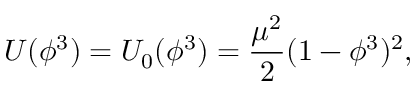
U ( \phi ^ { 3 } ) = U _ { 0 } ( \phi ^ { 3 } ) = \frac { \mu ^ { 2 } } { 2 } ( 1 - \phi ^ { 3 } ) ^ { 2 } ,